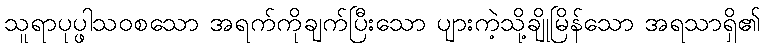
သူရာပုပ္ဖါသဝစသော အရက်ကိုချက်ပြီးသော ပျားကဲ့သို့ချိုမြိန်သော အရသာရှိ၏